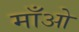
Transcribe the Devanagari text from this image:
माँओ